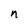
Character: n